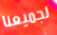
لجميعنا